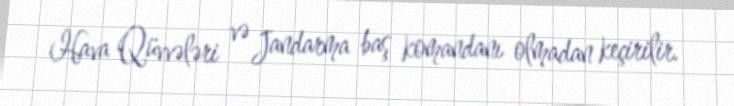
Hava Qüvvələri və Jandarma baş komandanı olmadan keçirilir.